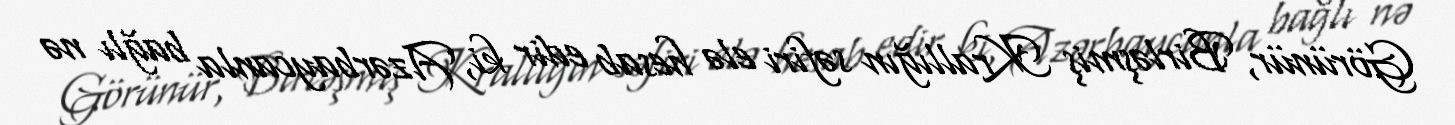
Görünür, Birləşmiş Krallığın səfiri elə hesab edir ki, Azərbaycanla bağlı nə